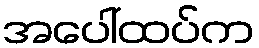
အပေါ်ထပ်က